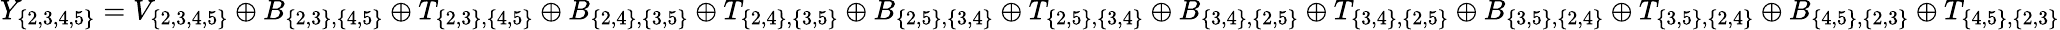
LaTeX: Y_{\{ 2,3,4,5\} }=V_{\{ 2,3,4,5\} }\oplus B_{\{ 2,3\} ,\{ 4,5\} }\oplus T_{\{ 2,3\} ,\{ 4,5\} }\oplus B_{\{ 2,4\} ,\{ 3,5\} }\oplus T_{\{ 2,4\} ,\{ 3,5\} }\oplus B_{\{ 2,5\} ,\{ 3,4\} }\oplus T_{\{ 2,5\} ,\{ 3,4\} }\oplus B_{\{ 3,4\} ,\{ 2,5\} }\oplus T_{\{ 3,4\} ,\{ 2,5\} }\oplus B_{\{ 3,5\} ,\{ 2,4\} }\oplus T_{\{ 3,5\} ,\{ 2,4\} }\oplus B_{\{ 4,5\} ,\{ 2,3\} }\oplus T_{\{ 4,5\} ,\{ 2,3\} }